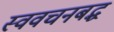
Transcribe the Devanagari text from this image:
स्ववचनबद्ध